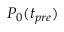
P _ { 0 } ( t _ { p r e } )